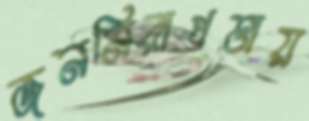
জননিরাপত্তায়